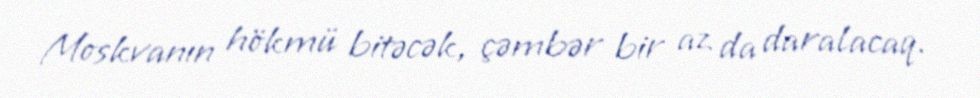
Moskvanın hökmü bitəcək, çəmbər bir az da daralacaq.